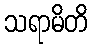
သရာမိတိ